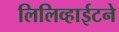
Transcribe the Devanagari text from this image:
लिलिव्हाईटने